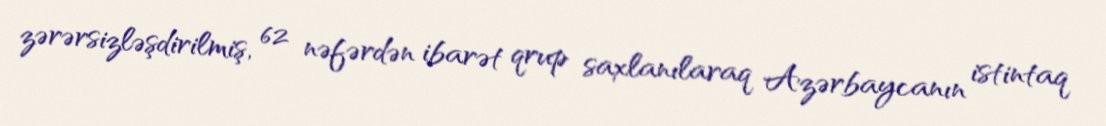
zərərsizləşdirilmiş, 62 nəfərdən ibarət qrup saxlanılaraq Azərbaycanın istintaq